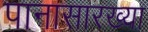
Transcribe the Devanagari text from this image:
पानासारख्या